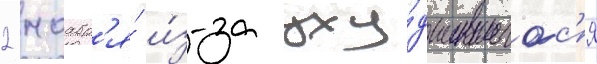
2 ноабр'я́ и́з-за уху́дшившегос'я